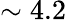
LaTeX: \sim 4.2